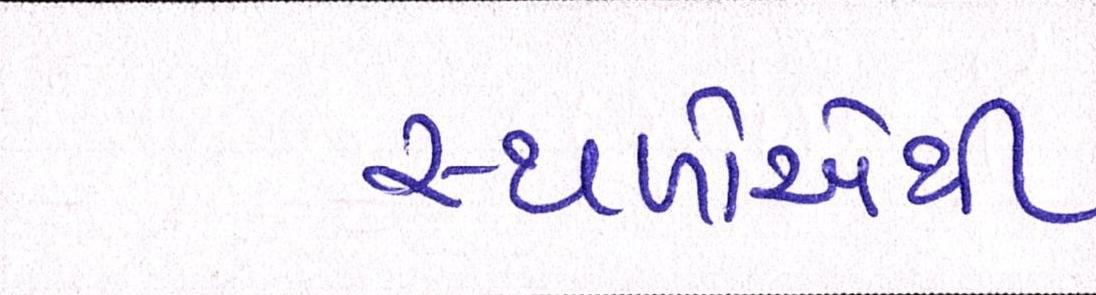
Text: સ્થળોએથી